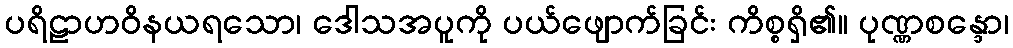
ပရိဠာဟဝိနယရသော၊ ဒေါသအပူကို ပယ်ဖျောက်ခြင်း ကိစ္စရှိ၏။ ပုဏ္ဏစန္ဒော၊